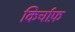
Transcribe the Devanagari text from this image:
किर्चाफ़